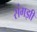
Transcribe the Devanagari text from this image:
संगझी